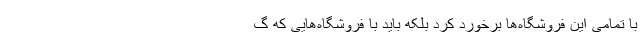
با تمامی این فروشگاه‌ها برخورد کرد بلکه باید با فروشگاه‌هایی که گ